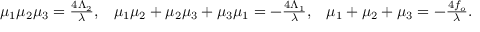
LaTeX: \begin{array} { c c c } { { \mu _ { 1 } \mu _ { 2 } \mu _ { 3 } = \frac { 4 \Lambda _ { 2 } } { \lambda } , } } & { { \mu _ { 1 } \mu _ { 2 } + \mu _ { 2 } \mu _ { 3 } + \mu _ { 3 } \mu _ { 1 } = - \frac { 4 \Lambda _ { 1 } } { \lambda } , } } & { { \mu _ { 1 } + \mu _ { 2 } + \mu _ { 3 } = - \frac { 4 f _ { o } } { \lambda } . } } \end{array}